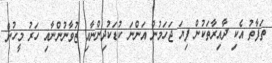
ތަފާތު އެކި ދާއިރާތަކުން ފިޔަ ޖަހަމުން އަންނަ ކުޑަކުދިންނާއި ޒުވާނުންނާއި ހަރު މީހުން